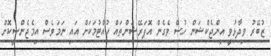
ޒުބޭރު ވިދާޅުވީ އިންޖެކްޝަން ހުސް ވެގެން އޮޕަރޭޝަންތައް ހުއްޓުމަކަށް އައި ނަމަވެސް އިމެޖެންސީކޮށް